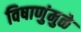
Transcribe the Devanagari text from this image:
विषाणुंमुळे